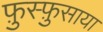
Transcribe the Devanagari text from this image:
फ़ुस्फ़ुसाया